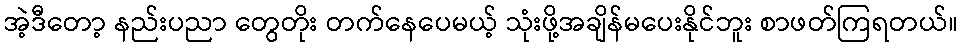
အဲ့ဒီတော့ နည်းပညာ တွေတိုး တက်နေပေမယ့် သုံးဖို့အချိန်မပေးနိုင်ဘူး စာဖတ်ကြရတယ်။